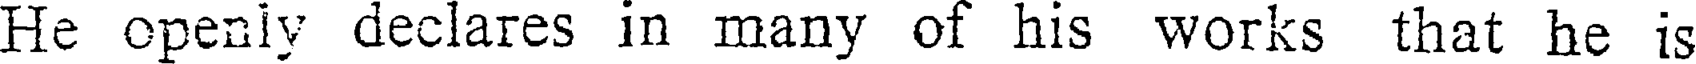
He openly declares in many of his works that he is